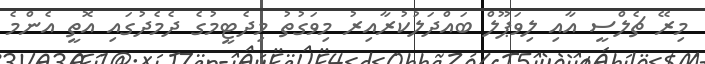
މިރޭ ޗެލްސީ އާއި ލިވަޕޫލް ބައްދަލުކުރާއިރު މިވަގުތު މިދެޓީމުގެ ދެމެދުގައި އޮތީ އެންމެ